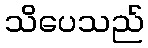
သိပေသည်